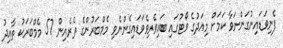
ފެނިވަޑައިނުގަންނަވާ ކަމަށް މިއަދުގެ ވޯޓުގައި ބައިވެރިވެވަޑައިގެންނެވި މެމްބަރުންގެ ތެރެއިން 57 މެމްބަރަކު ތާއިދު